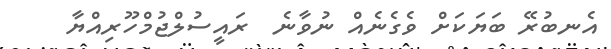
އެނބުރޭ ބަޔަކަށް ވެގެނެއް ނުވާނެ  ރައީސުލްޖުމްހޫރިއްޔާ